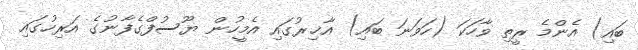
ބައި) އެންމެ ރީތި ވާހަކަ (ހަވަނަ ބައި) އާޚިރުގައި އެމީހުން ޔޫސުފްގެފާނުގެ އަރިހުގައި